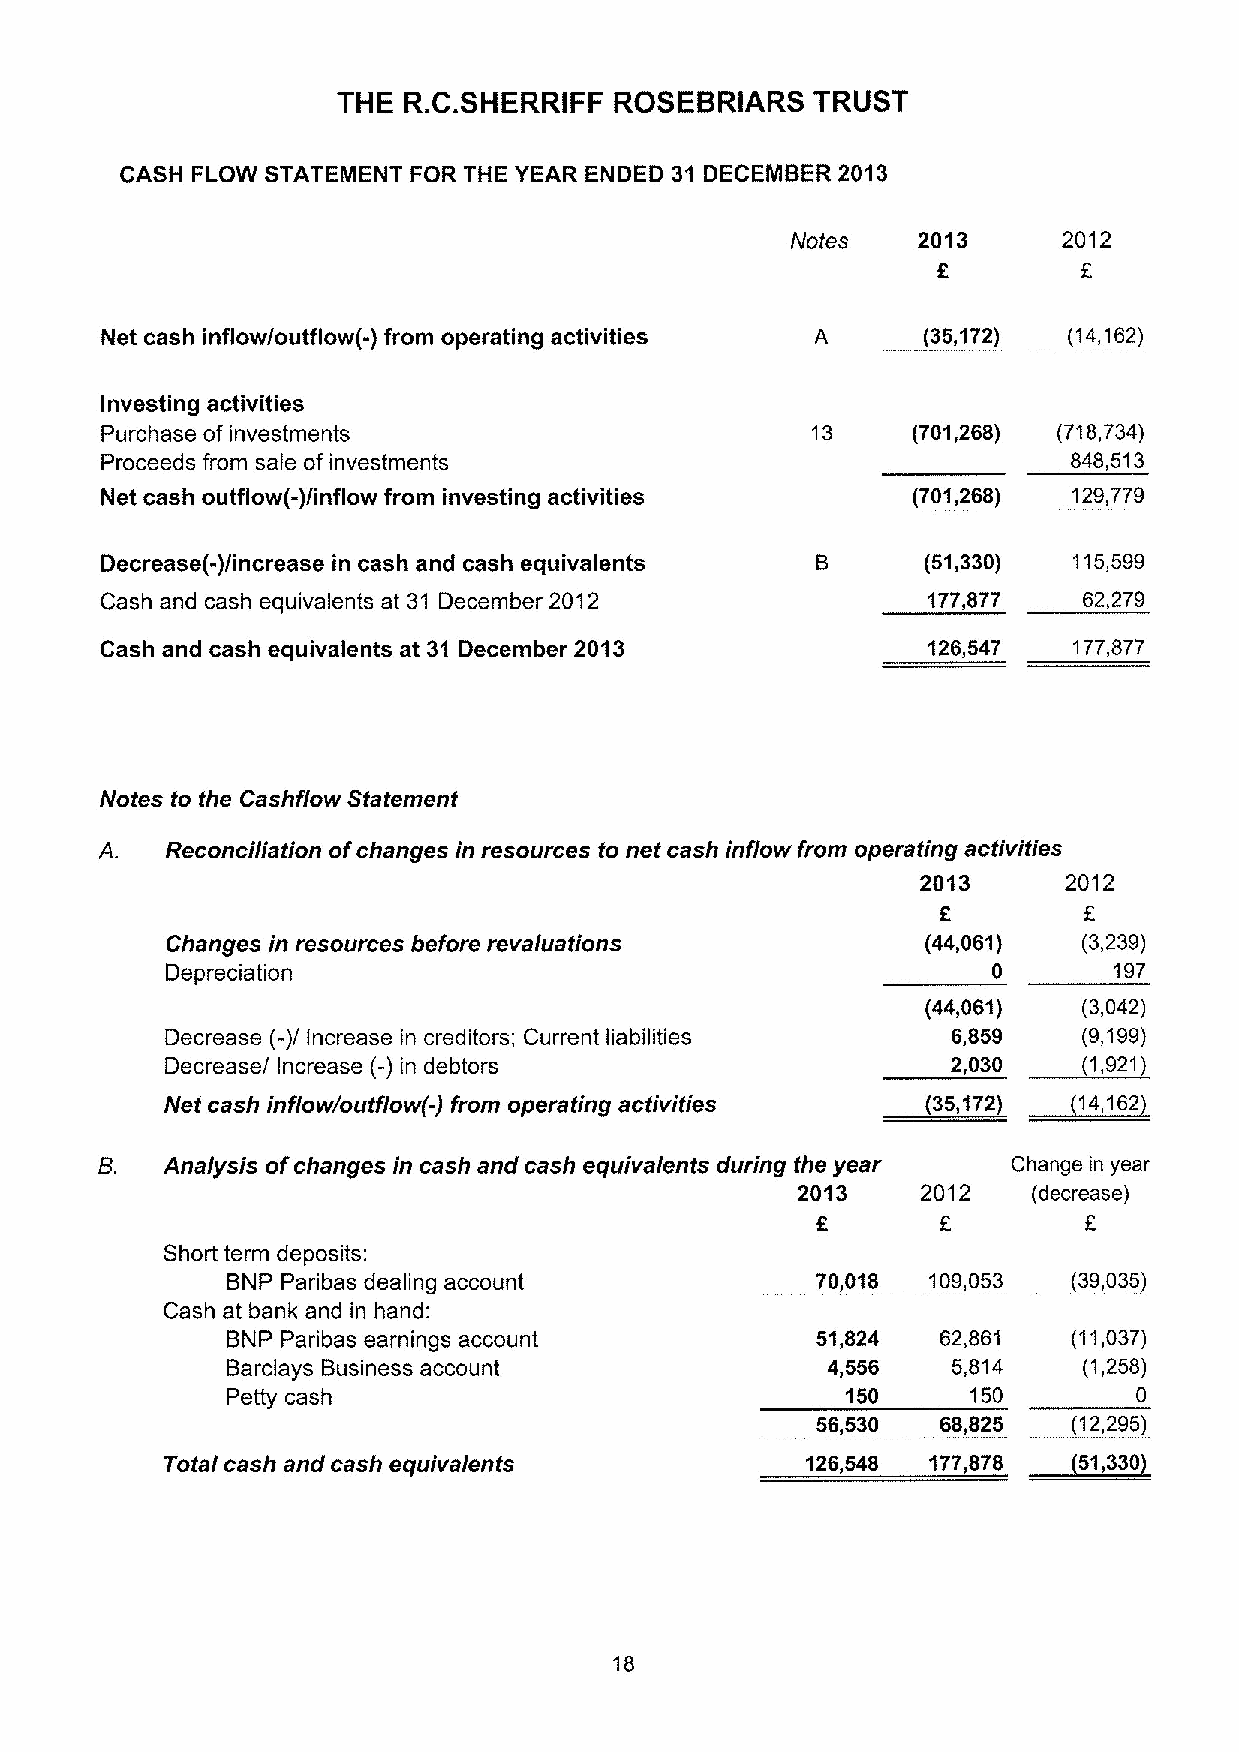
THE  R.C.SHERRIFF  ROSEBRIARS   TRUST
 CASH FLOW STATEMENT FOR THE YEAR ENDED 31 DECEMBER 2013
 Notes    2013     2012
 f
 Net cash inflow/outflow(-) from operating activities  (35,172)  (14,162)
 Investing activities
 Purchase of investments                              (701,268) (718,734)
 Proceeds from sale of investments                               848,513
 Net cash outflow(-)/inflow from investing activities (701,268)  129,779
 Decrease(-)/increase in cash and cash equivalents     (51,330)  115,599
 Cash and cash equivalents at 31 December 2012         177,877    62,279
 Cash and cash equivalents at 31 December 2013         126,547   177,877
 Notes to the Cashflow Statement
 Reconciliation ofchanges in resources to net cash inflow from operating acti vities
 2013     2012
 f
 Changes in resources before revaluations          (44,061)   (3,239)
 Depreciation                                           0       197
 (44,061)   (3,042)
 Decrease (-)/ Increase in creditors; Current liabilities 6,859 (9,199)
 Decrease/ Increase (-) in debtors                   2,030    (1,921)
 ~,
 Net cash inf/owloutf/owH from operating activities )35172)  14,162)
 Analysis ofchanges in cash and cash equivalents during the year Change in year
 2013    2012   (decrease)
 f                 f
 Short term deposits:
 BNP Paribas dealing account            70,018 109,053   (39,035)
 Cash at bank and in hand:
 BNP Paribas earnings account           51,824  62,861   (11,037)
 Barclays Business account               4,556   5,814    (1,258)
 Petty cash                               150     150        0
 56,530  68,825   (12,295)
 ~57,
 Total cash and cash equivalents           126,548 177,878     336
 18